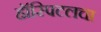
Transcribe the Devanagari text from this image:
हॉस्पिटलचा